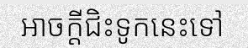
អាចក្តីជិះទូកនេះទៅ